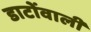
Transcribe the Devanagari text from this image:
डाटोंवाली